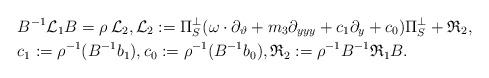
LaTeX: \begin{align*}& B^{-1}\mathcal{L}_1 B=\rho\,\mathcal{L}_2, \mathcal{L}_2:=\Pi_S^{\perp}(\omega\cdot\partial_{\vartheta}+m_3 \partial_{yyy}+c_1 \partial_y+c_0)\Pi_S^{\perp}+\mathfrak{R}_2,\\&c_1:=\rho^{-1} (B^{-1} b_1), c_0:=\rho^{-1} (B^{-1} b_0), \mathfrak{R}_2:=\rho^{-1} B^{-1} \mathfrak{R}_1 B.\end{align*}